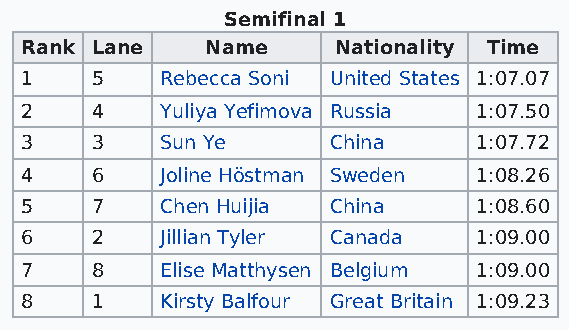
Semifinal 1
 Rank Lane    Name    Nationality Time
 1    5    Rebecca Soni United States 1:07.07
 2    4    Yuliya Yefimova Russia 1:07.50
 3    3    Sun Ye     China     1:07.72
 4    6    Joline Höstman Sweden 1:08.26
 5    7    Chen Huijia China    1:08.60
 6    2    Jillian Tyler Canada 1:09.00
 7    8    Elise Matthysen Belgium 1:09.00
 8    1    Kirsty Balfour Great Britain 1:09.23